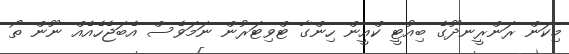
މިކަން ރަންރީނދޫގެ ބިއުޓީ ކްއީން ހިންގާ ޓްވިޓަރުން ނަމަވެސް އެބަޖެހެއެއް ނޫން ތޯ